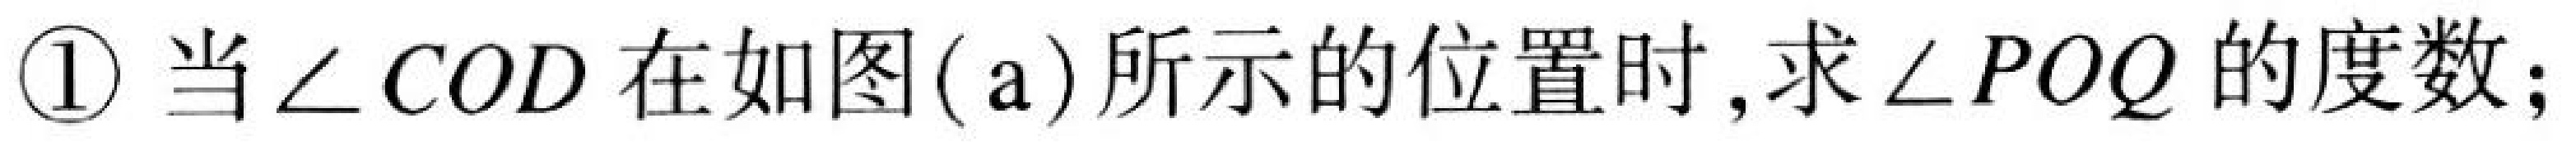
\textcircled{1} 当\(\angle COD\)在如图(\text{a})所示的位置时,求\(\angle POQ\)的度数;